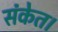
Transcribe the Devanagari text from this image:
संकेत।